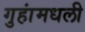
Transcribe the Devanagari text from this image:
गुहांमधली